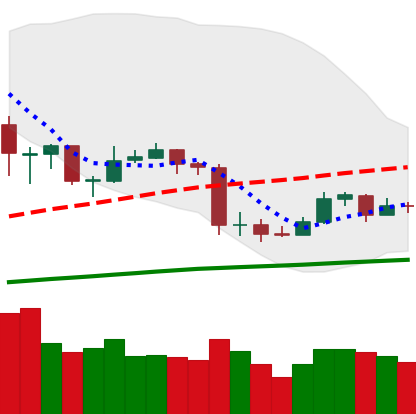
Ticker: ETC-USD
Chart end date: 2020-03-06
Forward return: -19.742%
Label: down_7plus